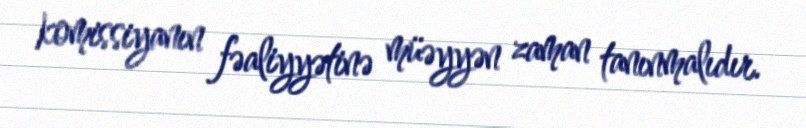
komissiyanın fəaliyyətinə müəyyən zaman tanınmalıdır.